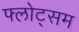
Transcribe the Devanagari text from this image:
फ्लोट्सम